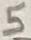
Text: 5